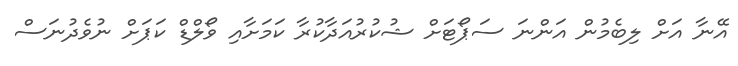
އޭނާ އަށް ލިބެމުން އަންނަ ސަޕޯޓަށް ޝުކުރުއަދާކުރާ ކަމަށާއި ވޯލްޑް ކަޕަށް ނުވެދުނަސް